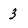
Character: 3